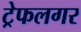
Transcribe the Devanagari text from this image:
ट्रेफलगर